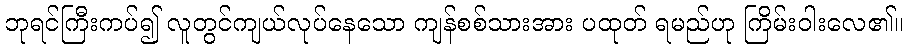
ဘုရင်ကြီးကပ်၍ လူတွင်ကျယ်လုပ်နေသော ကျန်စစ်သားအား ပထုတ် ရမည်ဟု ကြိမ်းဝါးလေ၏။